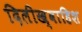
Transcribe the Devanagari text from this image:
दिलीख्वाहिश